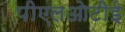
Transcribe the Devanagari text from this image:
पीएलओटीई